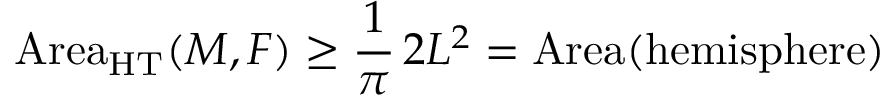
\operatorname { A r e a } _ { \mathrm { H T } } ( M , F ) \geq { \frac { 1 } { \pi } } \, 2 L ^ { 2 } = \operatorname { A r e a } ( { \mathrm { h e m i s p h e r e } } )